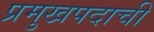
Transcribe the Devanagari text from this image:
प्रमुखपदाची